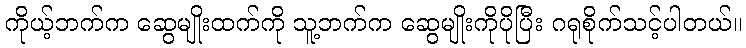
ကိုယ့်ဘက်က ဆွေမျိုးထက်ကို သူ့ဘက်က ဆွေမျိုးကိုပိုပြီး ဂရုစိုက်သင့်ပါတယ်။